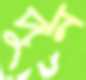
দুন